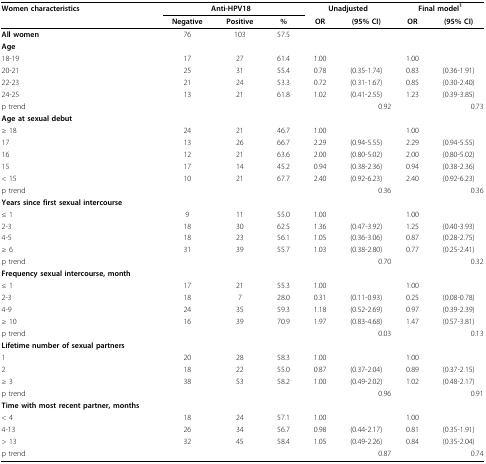
<table><thead><tr><td><b>Women characteristics</b></td><td colspan="3"><b>Anti-HPV18</b></td><td colspan="2"><b>Unadjusted</b></td><td colspan="2"><b>Final model<sup>1</sup></b></td></tr><tr><td></td><td><b>Negative</b></td><td><b>Positive</b></td><td><b>%</b></td><td><b>OR</b></td><td><b>(95% CI)</b></td><td><b>OR</b></td><td><b>(95% CI)</b></td></tr></thead><tbody><tr><td><b>All women</b></td><td>76</td><td>103</td><td>57.5</td><td></td><td></td><td></td><td></td></tr><tr><td><b>Age</b></td><td></td><td></td><td></td><td></td><td></td><td></td><td></td></tr><tr><td>18-19</td><td>17</td><td>27</td><td>61.4</td><td>1.00</td><td></td><td>1.00</td><td></td></tr><tr><td>20-21</td><td>25</td><td>31</td><td>55.4</td><td>0.78</td><td>(0.35-1.74)</td><td>0.83</td><td>(0.36-1.91)</td></tr><tr><td>22-23</td><td>21</td><td>24</td><td>53.3</td><td>0.72</td><td>(0.31-1.67)</td><td>0.85</td><td>(0.30-2.40)</td></tr><tr><td>24-25</td><td>13</td><td>21</td><td>61.8</td><td>1.02</td><td>(0.41-2.55)</td><td>1.23</td><td>(0.39-3.85)</td></tr><tr><td>p trend</td><td></td><td></td><td></td><td></td><td>0.92</td><td></td><td>0.73</td></tr><tr><td><b>Age at sexual debut</b></td><td></td><td></td><td></td><td></td><td></td><td></td><td></td></tr><tr><td>≥ 18</td><td>24</td><td>21</td><td>46.7</td><td>1.00</td><td></td><td>1.00</td><td></td></tr><tr><td>17</td><td>13</td><td>26</td><td>66.7</td><td>2.29</td><td>(0.94-5.55)</td><td>2.29</td><td>(0.94-5.55)</td></tr><tr><td>16</td><td>12</td><td>21</td><td>63.6</td><td>2.00</td><td>(0.80-5.02)</td><td>2.00</td><td>(0.80-5.02)</td></tr><tr><td>15</td><td>17</td><td>14</td><td>45.2</td><td>0.94</td><td>(0.38-2.36)</td><td>0.94</td><td>(0.38-2.36)</td></tr><tr><td>&lt; 15</td><td>10</td><td>21</td><td>67.7</td><td>2.40</td><td>(0.92-6.23)</td><td>2.40</td><td>(0.92-6.23)</td></tr><tr><td>p trend</td><td></td><td></td><td></td><td></td><td>0.36</td><td></td><td>0.36</td></tr><tr><td><b>Years since first sexual intercourse</b></td><td></td><td></td><td></td><td></td><td></td><td></td><td></td></tr><tr><td>≤ 1</td><td>9</td><td>11</td><td>55.0</td><td>1.00</td><td></td><td>1.00</td><td></td></tr><tr><td>2-3</td><td>18</td><td>30</td><td>62.5</td><td>1.36</td><td>(0.47-3.92)</td><td>1.25</td><td>(0.40-3.93)</td></tr><tr><td>4-5</td><td>18</td><td>23</td><td>56.1</td><td>1.05</td><td>(0.36-3.06)</td><td>0.87</td><td>(0.28-2.75)</td></tr><tr><td>≥ 6</td><td>31</td><td>39</td><td>55.7</td><td>1.03</td><td>(0.38-2.80)</td><td>0.77</td><td>(0.25-2.41)</td></tr><tr><td>p trend</td><td></td><td></td><td></td><td></td><td>0.70</td><td></td><td>0.32</td></tr><tr><td><b>Frequency sexual intercourse, month</b></td><td></td><td></td><td></td><td></td><td></td><td></td><td></td></tr><tr><td>≤ 1</td><td>17</td><td>21</td><td>55.3</td><td>1.00</td><td></td><td>1.00</td><td></td></tr><tr><td>2-3</td><td>18</td><td>7</td><td>28.0</td><td>0.31</td><td>(0.11-0.93)</td><td>0.25</td><td>(0.08-0.78)</td></tr><tr><td>4-9</td><td>24</td><td>35</td><td>59.3</td><td>1.18</td><td>(0.52-2.69)</td><td>0.97</td><td>(0.39-2.39)</td></tr><tr><td>≥ 10</td><td>16</td><td>39</td><td>70.9</td><td>1.97</td><td>(0.83-4.68)</td><td>1.47</td><td>(0.57-3.81)</td></tr><tr><td>p trend</td><td></td><td></td><td></td><td></td><td>0.03</td><td></td><td>0.13</td></tr><tr><td><b>Lifetime number of sexual partners</b></td><td></td><td></td><td></td><td></td><td></td><td></td><td></td></tr><tr><td>1</td><td>20</td><td>28</td><td>58.3</td><td>1.00</td><td></td><td>1.00</td><td></td></tr><tr><td>2</td><td>18</td><td>22</td><td>55.0</td><td>0.87</td><td>(0.37-2.04)</td><td>0.89</td><td>(0.37-2.15)</td></tr><tr><td>≥ 3</td><td>38</td><td>53</td><td>58.2</td><td>1.00</td><td>(0.49-2.02)</td><td>1.02</td><td>(0.48-2.17)</td></tr><tr><td>p trend</td><td></td><td></td><td></td><td></td><td>0.96</td><td></td><td>0.91</td></tr><tr><td><b>Time with most recent partner, months</b></td><td></td><td></td><td></td><td></td><td></td><td></td><td></td></tr><tr><td>&lt; 4</td><td>18</td><td>24</td><td>57.1</td><td>1.00</td><td></td><td>1.00</td><td></td></tr><tr><td>4-13</td><td>26</td><td>34</td><td>56.7</td><td>0.98</td><td>(0.44-2.17)</td><td>0.81</td><td>(0.35-1.91)</td></tr><tr><td>&gt; 13</td><td>32</td><td>45</td><td>58.4</td><td>1.05</td><td>(0.49-2.26)</td><td>0.84</td><td>(0.35-2.04)</td></tr><tr><td>p trend</td><td></td><td></td><td></td><td></td><td>0.87</td><td></td><td>0.74</td></tr></tbody></table>